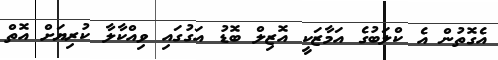
އެގޮތުން އެ ކްލަބުގެ އަމާޒަކީ އޮޒިލް ބޮޑު އަގުގައި ވިއްކާލާ ކުރިޔަށް އޮތް